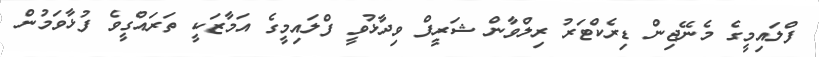
ފްލައިމީގެ މެނޭޖިން ޑިރެކްޓަރު ރިލްވާން ޝަރީފް ވިދާޅުވީ ފްލައިމީގެ އަމާޒަކީ ތަރައްގީވެ ފުޅާވަމުން